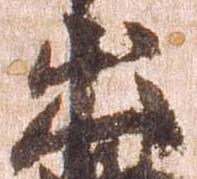
出